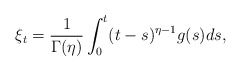
\begin{align*}\xi_t=\frac{1}{\Gamma(\eta)}\int_0^t (t-s)^{\eta-1} g(s) ds,\end{align*}